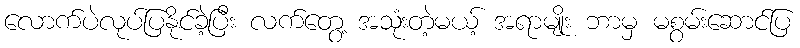
လောက်ပဲလုပ်ပြနိုင်ခဲ့ပြီး လက်တွေ့ အသုံးတဲ့မယ့် အရာမျိုး ဘာမှ မစွမ်းဆောင်ပြ